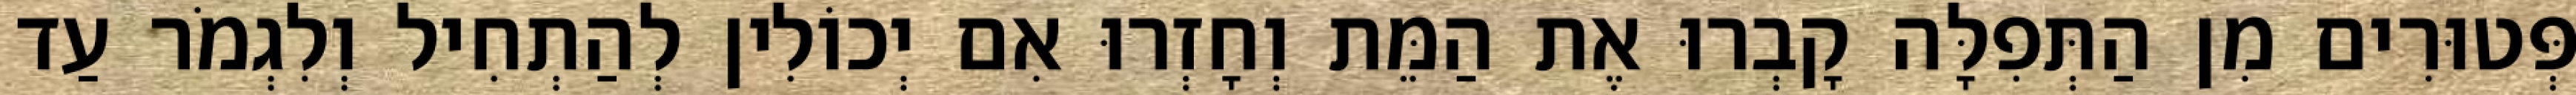
פְּטוּרִים מִן הַתְּפִלָּה קָבְרוּ אֶת הַמֵּת וְחָזְרוּ אִם יְכוֹלִין לְהַתְחִיל וְלִגְמֹר עַד